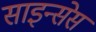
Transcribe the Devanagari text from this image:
साइन्सेस